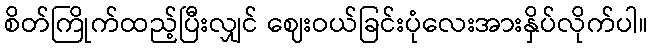
စိတ်ကြိုက်ထည့်ပြီးလျှင် ဈေးဝယ်ခြင်းပုံလေးအားနှိပ်လိုက်ပါ။